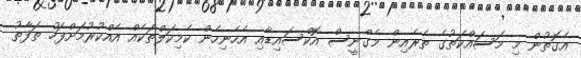
އެގޮތުން މި މަސައްކަތުގެ ތެރެއިން މެގްނީސް އޮކްސައިޑާއި އެހެނިހެން ކެމިކަލްތަކެއް އެއްކުރުމަށްފަހު ތަފާތު